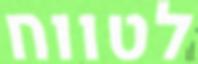
לטווח